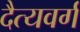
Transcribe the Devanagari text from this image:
दैत्यवर्ग